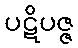
ပဋိပဇ္ဇ